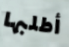
أطلبها